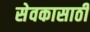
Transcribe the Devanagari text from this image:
सेवकासाठी